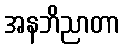
အနဘိညာတာ